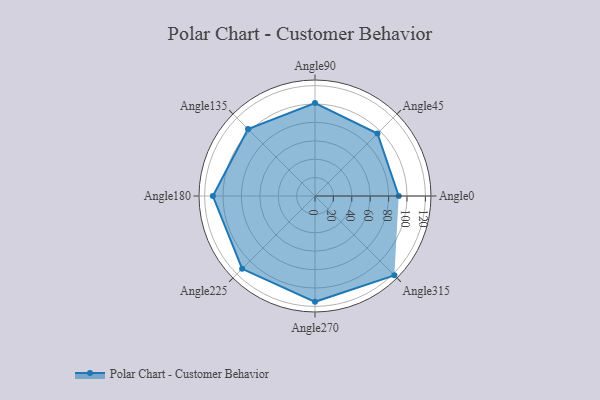
{"axis": {"x": "Angle", "y": "Radius"}, "legend": [""], "data": [{"x": "Angle0", "y": 91.0, "type": ""}, {"x": "Angle45", "y": 96.0, "type": ""}, {"x": "Angle90", "y": 101.0, "type": ""}, {"x": "Angle135", "y": 103.0, "type": ""}, {"x": "Angle180", "y": 111.0, "type": ""}, {"x": "Angle225", "y": 112.0, "type": ""}, {"x": "Angle270", "y": 115.0, "type": ""}, {"x": "Angle315", "y": 122.0, "type": ""}]}